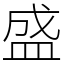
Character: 盛